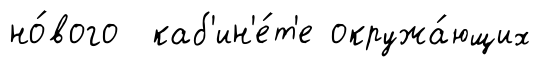
но́вого каб'ин'е́т'е окружа́ющих